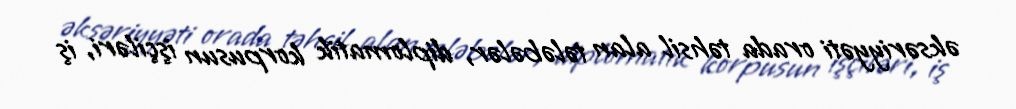
əksəriyyəti orada təhsil alan tələbələr, diplomatik korpusun işçiləri, iş